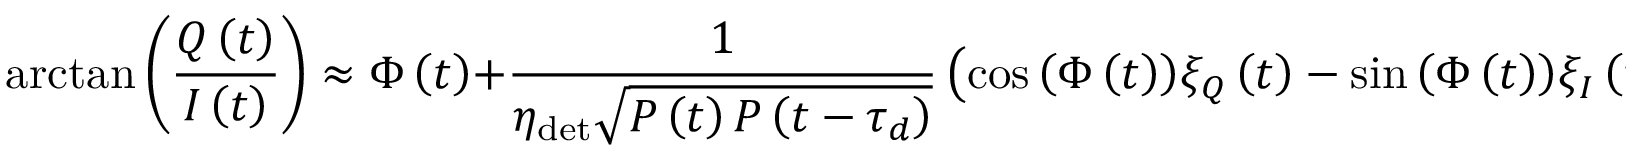
\arctan \left( \frac { Q \left( t \right) } { I \left( t \right) } \right) \approx \Phi \left( t \right) + \frac { 1 } { \eta _ { \mathrm { d e t } } \sqrt { P \left( t \right) P \left( t - \tau _ { d } \right) } } \left( \cos { \left( \Phi \left( t \right) \right) } \xi _ { Q } \left( t \right) - \sin { \left( \Phi \left( t \right) \right) } \xi _ { I } \left( t \right) \right) .